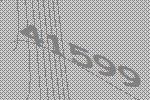
41599